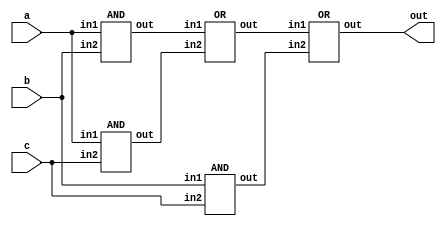
`timescale 1ns/1ps

module Majority(a, b, c, out);
input a, b, c;
output out;

wire andAB, andAC, andBC, orABAC;

AND andab(andAB, a, b);
AND andac(andAC, a, c);
AND andbc(andBC, b, c);
OR orabac(orABAC, andAB, andAC);

OR oror1andbc(out, orABAC, andBC);

endmodule

module AND(out, in1, in2);
input in1, in2;
output out;
wire nandAB;
nand nand1(nandAB, in1, in2);
nand nand2(out, nandAB, nandAB);
endmodule

module OR(out, in1, in2);
input in1, in2;
output out;
wire A,B;
nand nand1(A, in1, in1);
nand nand2(B, in2, in2);
nand orAB(out, A, B);
endmodule